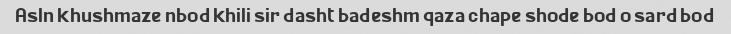
Asln khushmaze nbod khili sir dasht badeshm qaza chape shode bod o sard bod